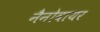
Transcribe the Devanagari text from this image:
नैनोवायर